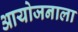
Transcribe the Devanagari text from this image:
आयोजनाला